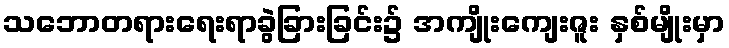
သဘောတရားရေးရာခွဲခြားခြင်း၌ အကျိုးကျေးဇူး နှစ်မျိုးမှာ